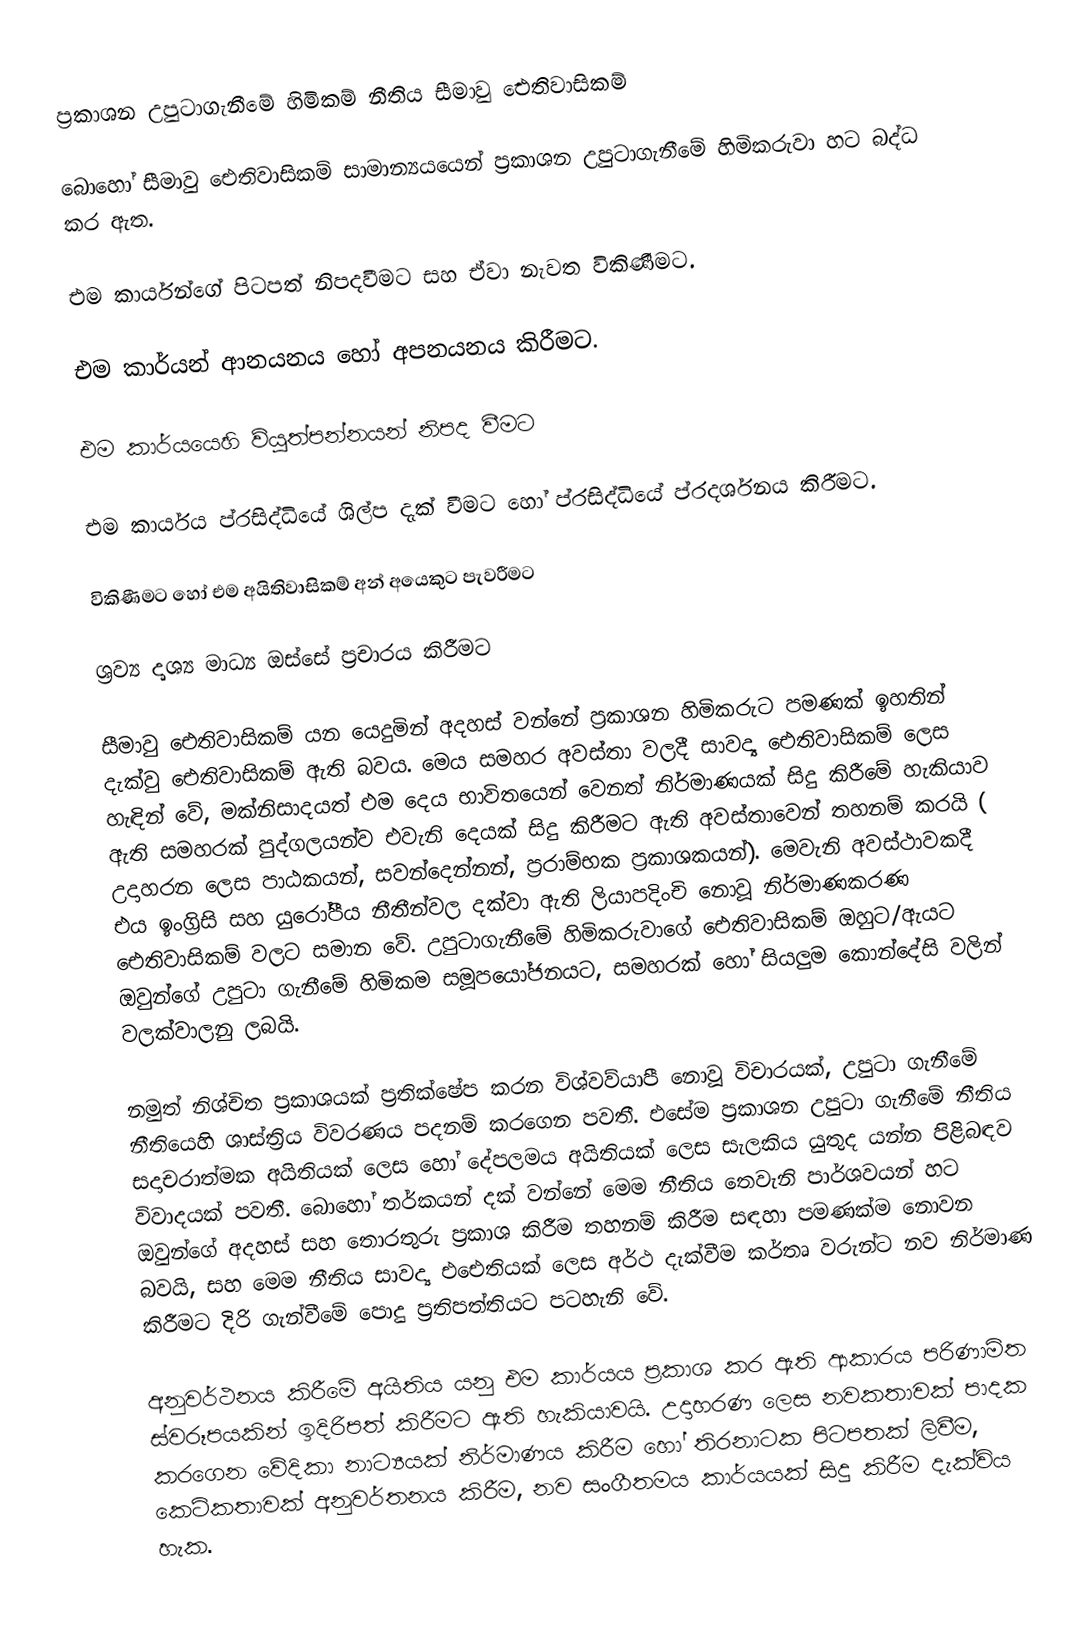
ප්‍රකාශන උපුටාගැනීමේ හිමිකම් නීතිය සීමාවු ඓතිවාසිකම්

බොහෝ සීමාවු  ඓතිවාසිකම් සාමාන්‍යයයෙන් ප්‍රකාශන උපුටාගැනීමේ හිමිකරුවා හට බද්ධ කර ඇත.

 එම කාර්යන්ගේ පිටපත් නිපදවීමට සහ ඒවා නැවත විකිණීමට.

 එම කාර්යන් ආනයනය හෝ අපනයනය කිරීමට.

 එම කාර්යයෙහි ව්යුත්පන්නයන් නිපද වීමට

 එම කාර්යය ප්රසිද්ධියේ ශිල්ප දැක් වීමට හෝ ප්රසිද්ධියේ ප්රදර්ශනය කිරීමට.

 විකිණීමට හෝ එම අයිතිවාසිකම් අන් අයෙකුට පැවරීමට

 ශ්‍රව්‍ය දෘශ්‍ය මාධ්‍ය ඔස්සේ ප්‍රචාරය කිරීමට

සීමාවු ඓතිවාසිකම් යන යෙදුමින් අදහස් වන්නේ ප්‍රකාශන හිමිකරුට පමණක් ඉහතින් දැක්වු ඓතිවාසිකම් ඇති බවය. මෙය සමහර අවස්තා වලදී සාවද්‍ය ඓතිවාසිකම් ලෙස හැඳින් වේ, මක්නිසාදයත් එම දෙය භාවිතයෙන් වෙනත් නිර්මාණයක් සිදු කිරීමේ හැකියාව ඇති  සමහරක්  පුද්ගලයන්ව එවැනි දෙයක් සිදු කිරීමට ඇති අවස්තාවෙන් තහනම් කරයි ( උදාහරන ලෙස පාඨකයන්, සවන්දෙන්නන්, ප්‍රරාම්භක ප්‍රකාශකයන්). මෙවැනි අවස්ථාවකදී එය ඉංග්‍රිසි සහ යුරෝපීය නීතීන්වල දක්වා ඇති ලියාපදිංචි නොවූ නිර්මාණකරණ ඓතිවාසිකම් වලට සමාන වේ.  උපුටාගැනීමේ හිමිකරුවාගේ ඓතිවාසිකම් ඔහුට/ඇයට ඔවුන්ගේ උපුටා ගැනීමේ හිමිකම සමූපයෝජනයට, සමහරක් හෝ සියලුම කොන්දේසි වලින් වලක්වාලනු ලබයි.

නමුත් නිශ්චිත ප්‍රකාශයක් ප්‍රතික්ෂේප කරන විශ්වව්යාපී නොවූ විචාරයක්, උපුටා ගැනීමේ නීතියෙහි ශාස්ත්‍රිය විවරණය පදනම් කරගෙන පවතී. එසේම ප්‍රකාශන උපුටා ගැනීමේ නීතිය සදාචරාත්මක අයිතියක් ලෙස හෝ දේපලමය අයිතියක් ලෙස සැලකිය යුතුද යන්න පිළිබඳව විවාදයක් පවතී. බොහෝ තර්කයන් දක් වන්නේ මෙම නීතිය තෙවැනි පාර්ශවයන් හට ඔවුන්ගේ අදහස් සහ තොරතුරු ප්‍රකාශ කිරීම තහනම් කිරීම සඳහා පමණක්ම නොවන බවයි, සහ මෙම නීතිය සාවද්‍ය එඓතියක් ලෙස අර්ථ දැක්වීම  කර්තෘ වරුන්ට නව නිර්මාණ කිරීමට දිරි ගැන්වීමේ පොදු ප්‍රතිපත්තියට පටහැනි වේ.

අනුවර්ථනය කිරීමේ අයිතිය යනු එම කාර්යය ප්‍රකාශ කර ඇති ආකාරය පරිණාමිත ස්වරූපයකින් ඉදිරිපත් කිරීමට ඇති හැකියාවයි. උදාහරණ ලෙස  නවකතාවක් පාදක කරගෙන වේදිකා නාට්‍යයක් නිර්මාණය කිරීම හෝ තිරනාටක පිටපතක් ලිවීම, කෙටිකතාවක් අනුවර්තනය කිරීම, නව සංගීතමය කාර්යයක් සිදු කිරීම දැක්විය හැක.